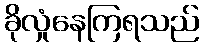
ခိုလှုံနေကြရသည်